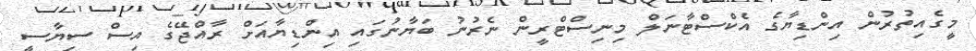
މީގެއިތުރުން އިންޑިޔާގެ އެކްސްޓާނަލް މިނިސްޓްރީން ނެރުނު ބަޔާނުގައި އިންޑިޔާއަށް ރާއްޖޭގެ އިސް ސިޔާސީ